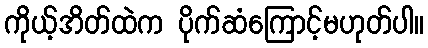
ကိုယ့်အိတ်ထဲက ပိုက်ဆံကြောင့်မဟုတ်ပါ။